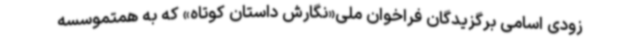
زودی اسامی برگزیدگان فراخوان ملی«نگارش داستان‌ کوتاه» که به همتموسسه‌